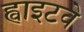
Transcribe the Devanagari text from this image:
ह्वाइटवे